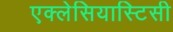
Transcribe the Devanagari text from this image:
एक्लेसियास्टिसी